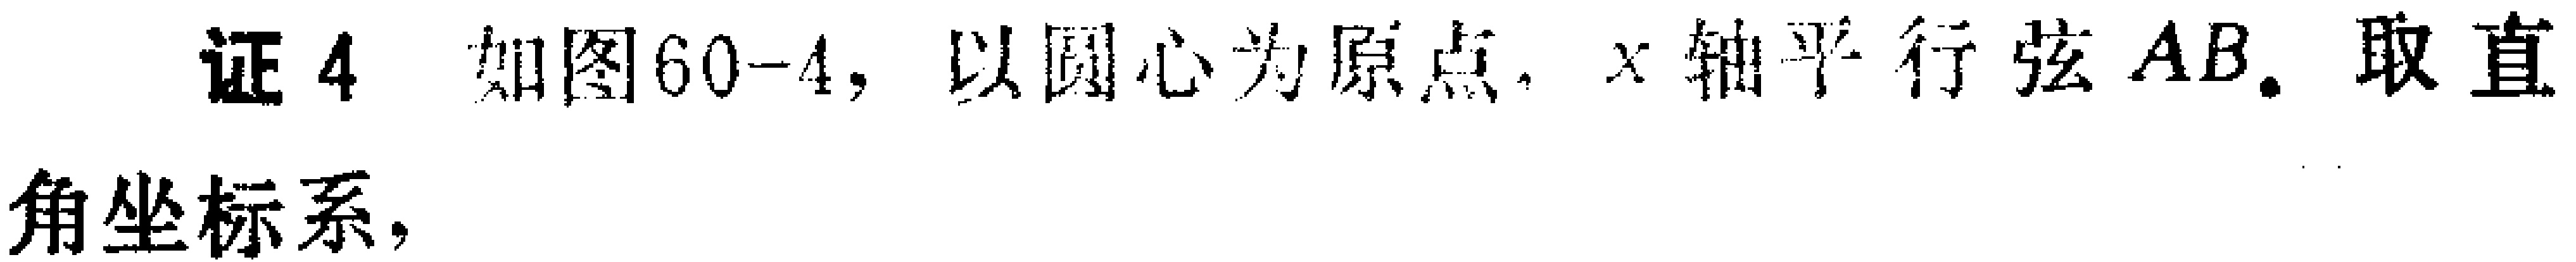
证4 如图60-4，以圆心为原点，\(x\)轴平行弦\(AB\). 取直
角坐标系，